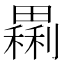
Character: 𤳝